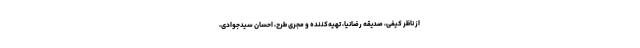
از ناظر کیفی، صدیقه رضانیا، تهیه‌کننده و مجری طرح، احسان سیدجوادی،